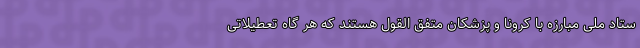
ستاد ملی مبارزه با کرونا و پزشکان متفق القول هستند که هر گاه تعطیلاتی